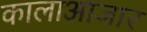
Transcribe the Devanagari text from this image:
कालाआजार